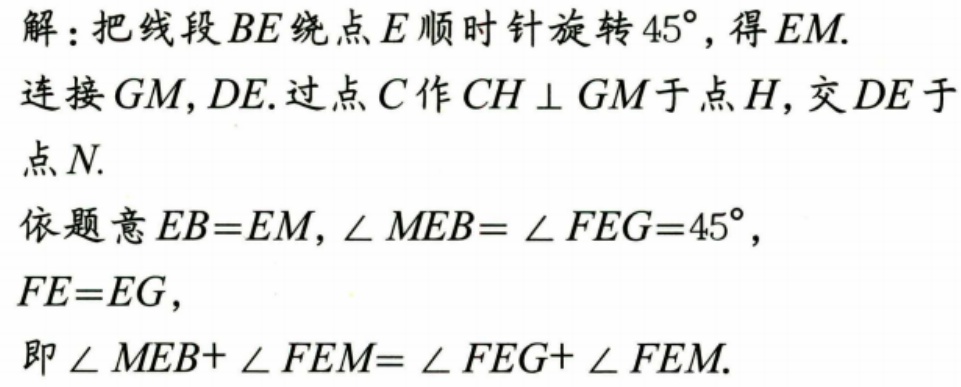
解：把线段\(BE\)绕点\(E\)顺时针旋转\(45^{\circ}\)，得\(EM\).
连接\(GM,DE\).过点\(C\)作\(CH \perp GM\)于点\(H\)，交\(DE\)于
点\(N\).
依题意\(EB = EM\)，\(\angle MEB=\angle FEG = 45^{\circ}\)，
\(FE = EG\)，
即\(\angle MEB+\angle FEM=\angle FEG+\angle FEM\).